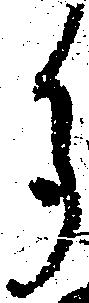
多